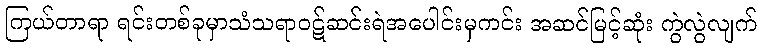
ကြယ်တာရာ ရင်းတစ်ခုမှာသံသရာဝဋ်ဆင်းရဲအပေါင်းမှကင်း အဆင်မြင့်ဆုံး ကွဲလွဲလျက်